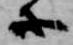
等